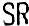
SR